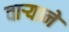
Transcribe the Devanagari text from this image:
वार्‍याने